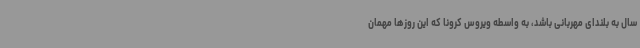
سال به بلندای مهربانی باشد، به واسطه ویروس کرونا که این روزها مهمان